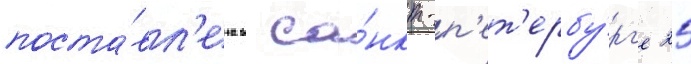
поста́вл'ена в са́нкт-п'ет'ербу́рг'е 25